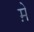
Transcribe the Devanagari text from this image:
म़े